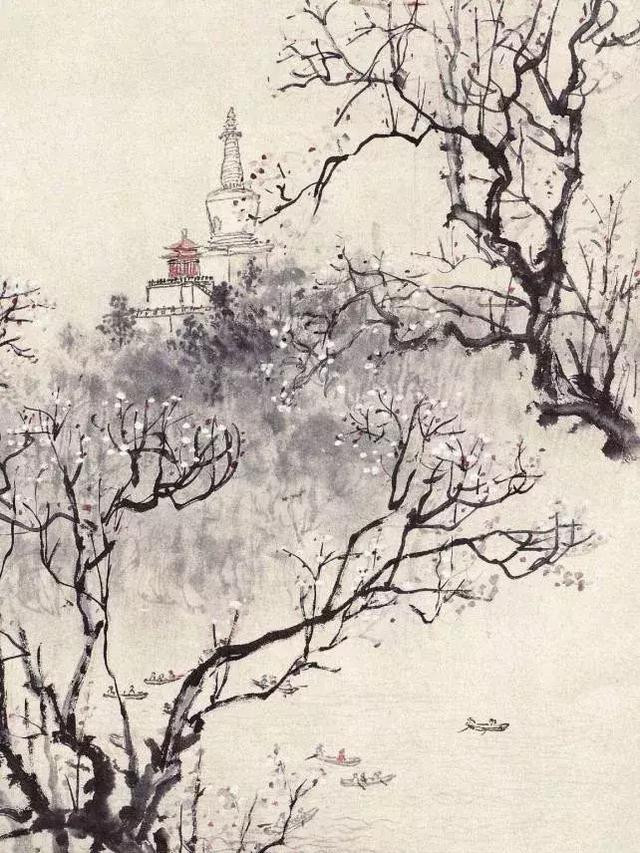
柴门寂寂黍饭馨，山家烟火春雨晴。